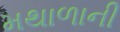
મથાળાની